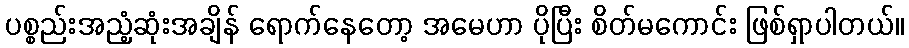
ပစ္စည်းအညံ့ဆုံးအချိန် ရောက်နေတော့ အမေဟာ ပိုပြီး စိတ်မကောင်း ဖြစ်ရှာပါတယ်။